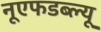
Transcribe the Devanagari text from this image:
नूएफडब्ल्यू